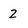
Character: 2